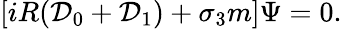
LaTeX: [iR({\cal D}_{0}+{\cal D}_{1})+\sigma_{3}m]\Psi=0.